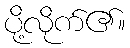
ပို့လိုက်၏။